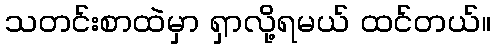
သတင်းစာထဲမှာ ရှာလို့ရမယ် ထင်တယ်။